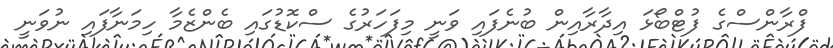
ފްރާންސްގެ ފުޓްބޯޅަ އިދާރާއިން ބުނެފައި ވަނީ މިފަހަރުގެ ސްކޮޑުގައި ބެންޒެމާ ހިމަނާފައި ނުވަނީ